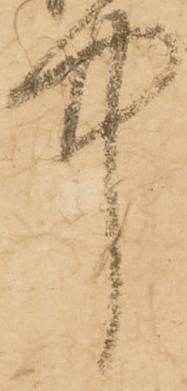
中